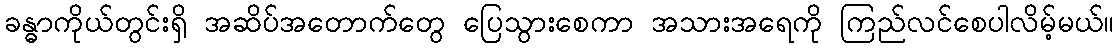
ခန္ဓာကိုယ်တွင်းရှိ အဆိပ်အတောက်တွေ ပြေသွားစေကာ အသားအရေကို ကြည်လင်စေပါလိမ့်မယ်။